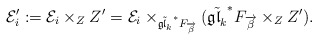
\begin{align*}\mathcal{E}'_i:=\mathcal{E}_i\times_Z Z'=\mathcal{E}_{i}\times_{\tilde{\mathfrak{gl}_k}^*F_{\overrightarrow{\beta}}}(\tilde{\mathfrak{gl}_k}^*F_{\overrightarrow{\beta}}\times_Z Z').\end{align*}